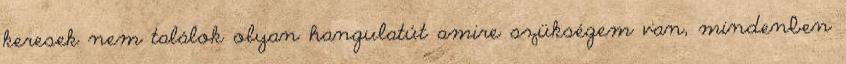
keresek nem találok olyan hangulatút amire szükségem van, mindenben